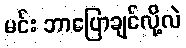
မင်း ဘာပြောချင်လို့လဲ